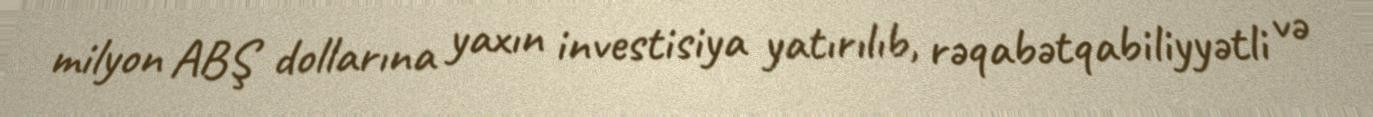
milyon ABŞ dollarına yaxın investisiya yatırılıb, rəqabətqabiliyyətli və